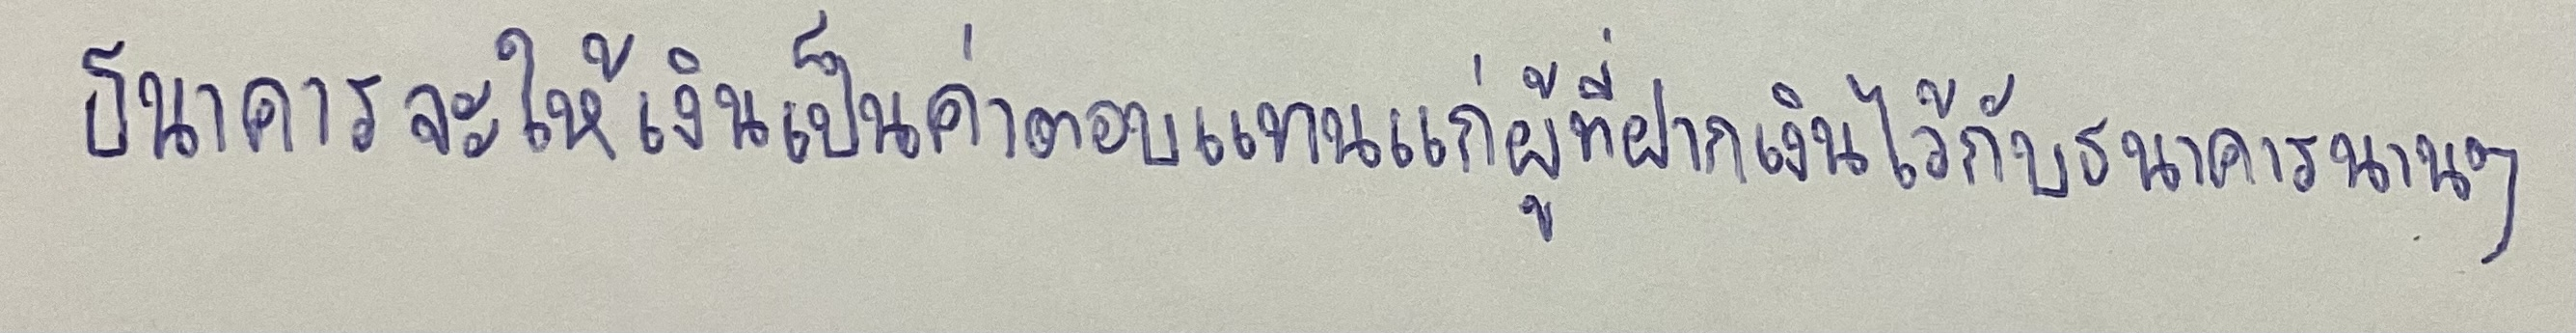
ธนาคารจะให้เงินเป็นค่าตอบแทนแก่ผู้ที่ฝากเงินไว้กับธนาคารนานๆ